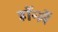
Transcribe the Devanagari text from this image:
हॉर्न्ले